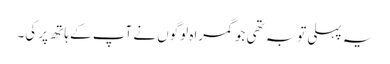
یہ پہلی توبہ تھی جو گمراہ لوگوں نے آپ کے ہاتھ پر کی۔